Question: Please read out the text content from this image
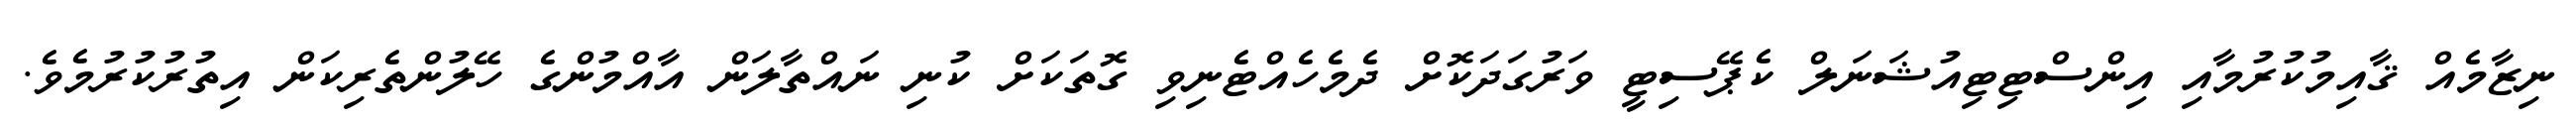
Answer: ނިޒާމެއް ޤާއިމުކުރުމާއި އިންސްޓިޓިއުޝަނަލް ކެޕޭސިޓީ ވަރުގަދަކޮށް ދެމެހެއްޓެނިވި ގޮތަކަށް ކުނި ނައްތާލަން އާއްމުންގެ ހޭލުންތެރިކަން އިތުރުކުރުމެވެ.